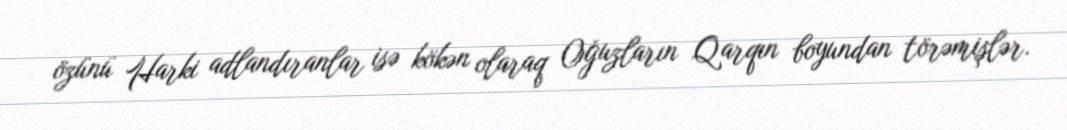
özünü Harki adlandıranlar isə kökən olaraq Oğuzların Qarqın boyundan törəmişlər.